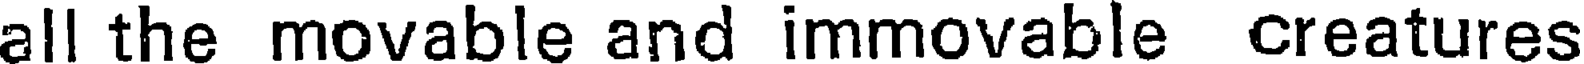
all the movable and immovable creatures